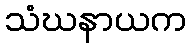
သံဃနာယက